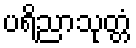
ပရိညာသုတ္တံ